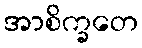
အာစိက္ခတေ